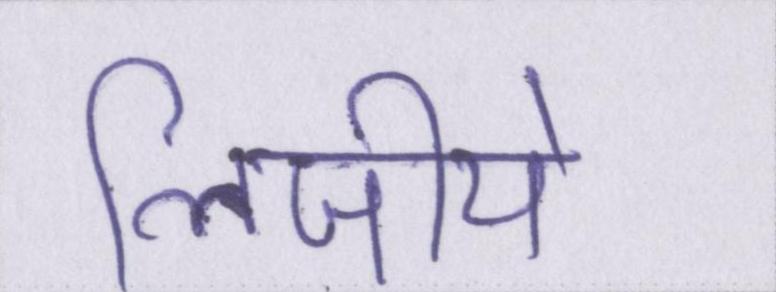
लिजीये